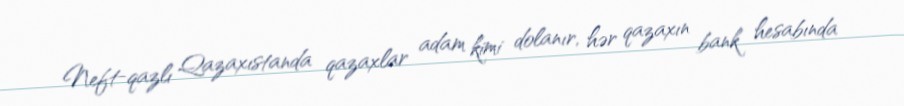
Neft-qazlı Qazaxıstanda qazaxlar adam kimi dolanır, hər qazaxın bank hesabında